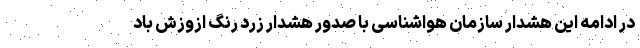
در ادامه این هشدار سازمان هواشناسی با صدور هشدار زرد رنگ ازوزش باد